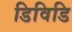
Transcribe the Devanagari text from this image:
डिविडि